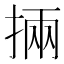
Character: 掚